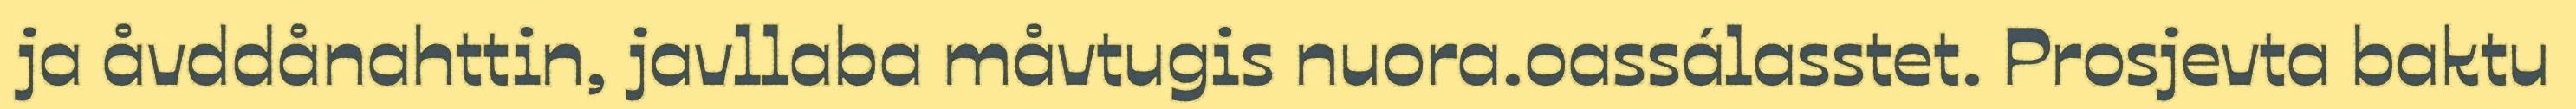
ja åvddånahttin, javllaba måvtugis nuora.oassálasstet. Prosjevta baktu